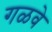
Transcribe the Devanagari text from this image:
गळवे